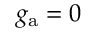
g _ { \mathrm { a } } = 0